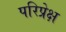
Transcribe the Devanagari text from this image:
परिप्रेक्ष